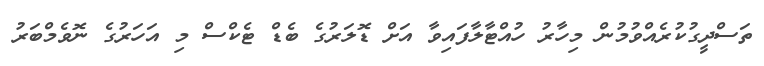
ތަސްދީގުކުރެއްވުމުން މިހާރު ހުއްޓާލާފައިވާ އަށް ޑޮލަރުގެ ބެޑް ޓެކްސް މި އަހަރުގެ ނޮވެމްބަރު